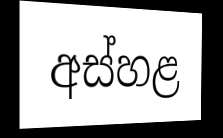
අස්හළ